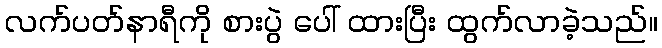
လက်ပတ်နာရီကို စားပွဲ ပေါ် ထားပြီး ထွက်လာခဲ့သည်။